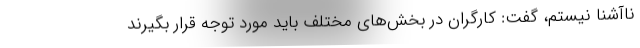
ناآشنا نیستم، گفت: کارگران در بخش‌های مختلف باید مورد توجه قرار بگیرند